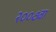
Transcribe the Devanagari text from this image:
२००७वा